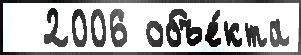
  2006 объе́кта